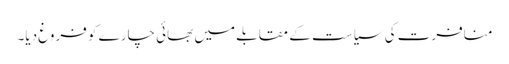
منافرت کی سیاست کے مقابلے میں بھائی چارے کو فروغ دیا۔